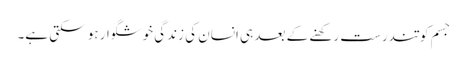
جسم کو تندرست رکھنے کے بعد ہی انسان کی زندگی خوشگوار ہو سکتی ہے۔